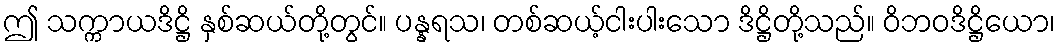
ဤ သက္ကာယဒိဋ္ဌိ နှစ်ဆယ်တို့တွင်။ ပန္နရသ၊ တစ်ဆယ့်ငါးပါးသော ဒိဋ္ဌိတို့သည်။ ဝိဘဝဒိဋ္ဌိယော၊